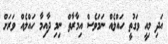
އަދި މިއީ ވަގުތީ ހައްލެއް ނަމަވެސް އިމާރާތް ނިމި ދާއިމާ ހައްލެއް ވަރަށް